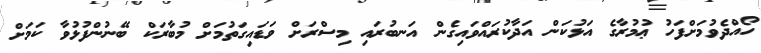
ހޯއްދެވުމަށްފަހު ޢުމުރާގެ އަޅުކަން އަދާކުރައްވައިގެން އަނބުރައި މިސްރަށް ވަޑައިގަތުމަށް މުބާރަކް ބޭނުންފުޅުވާ ކަމަށް